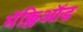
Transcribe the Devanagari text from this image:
मॅक्लिऑड